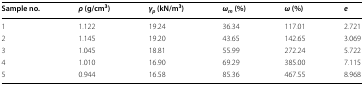
<table><thead><tr><td><b>Sample no.</b></td><td><b><i>ρ</i> (g/cm<sup>3</sup>)</b></td><td><b><i>γ</i><sub><i>p</i></sub> (kN/m<sup>3</sup>)</b></td><td><b><i>ω</i><sub><i>m</i></sub> (%)</b></td><td><b><i>ω</i> (%)</b></td><td><b><i>e</i></b></td></tr></thead><tbody><tr><td>1</td><td>1.122</td><td>19.24</td><td>36.34</td><td>117.01</td><td>2.721</td></tr><tr><td>2</td><td>1.145</td><td>19.20</td><td>43.65</td><td>142.65</td><td>3.069</td></tr><tr><td>3</td><td>1.045</td><td>18.81</td><td>55.99</td><td>272.24</td><td>5.722</td></tr><tr><td>4</td><td>1.010</td><td>16.90</td><td>69.29</td><td>385.00</td><td>7.115</td></tr><tr><td>5</td><td>0.944</td><td>16.58</td><td>85.36</td><td>467.55</td><td>8.968</td></tr></tbody></table>